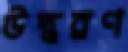
উদ্ধরণ